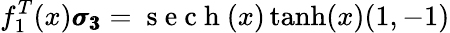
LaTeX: f_{1}^{T}(x)\pmb{\sigma_{3}}=\mathrm{~s~e~c~h~}(x)\operatorname{tanh}(x)(1,-1)